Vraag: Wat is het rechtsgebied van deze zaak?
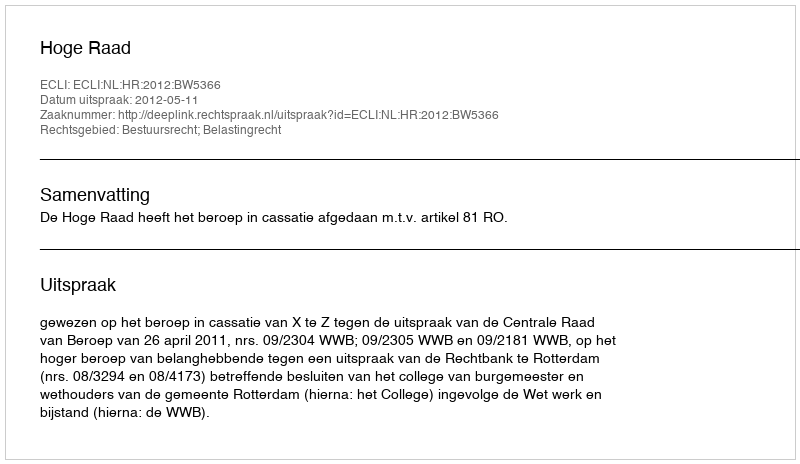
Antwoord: Bestuursrecht; Belastingrecht